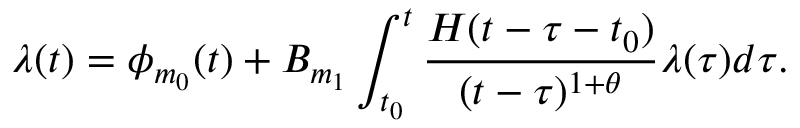
\lambda ( t ) = \phi _ { m _ { 0 } } ( t ) + B _ { m _ { 1 } } \int _ { t _ { 0 } } ^ { t } \frac { H ( t - \tau - t _ { 0 } ) } { ( t - \tau ) ^ { 1 + \theta } } \lambda ( \tau ) d \tau .